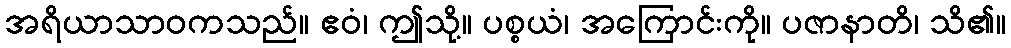
အရိယာသာဝကသည်။ ဧဝံ၊ ဤသို့။ ပစ္စယံ၊ အကြောင်းကို။ ပဇာနာတိ၊ သိ၏။